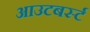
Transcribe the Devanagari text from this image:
आउटबर्स्ट